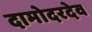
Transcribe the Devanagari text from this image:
दामोदरदेव